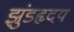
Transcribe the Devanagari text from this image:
झुंडहृदय